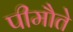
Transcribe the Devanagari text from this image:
पीमौते